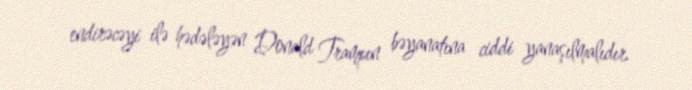
endirəcəyi ilə hədələyən Donald Trampın bəyanatına ciddi yanaşılmalıdır.